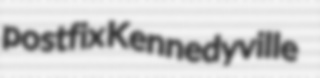
postfix Kennedyville